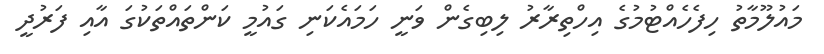
މައުލޫމާތު ހިފެހެއްޓުމުގެ އިހްތިރާރު ލިބިގެން ވަނީ ހަމައެކަނި ގައުމީ ކަންތައްތަކުގަ އާއި ފަރުދީ